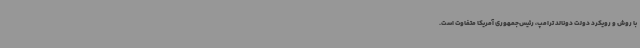
با روش و رویکرد دولت دونالد ترامپ، رئیس‌جمهوری آمریکا متفاوت است.